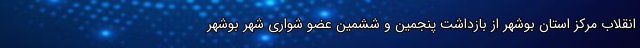
انقلاب مرکز استان بوشهر از بازداشت پنجمین و ششمین عضو شواری شهر بوشهر